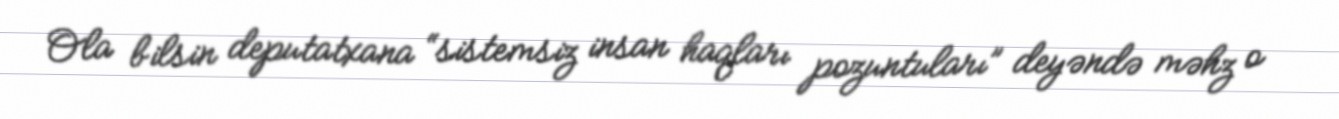
Ola bilsin deputatxana “sistemsiz insan haqları pozuntuları” deyəndə məhz o